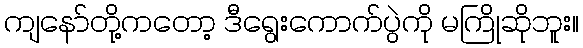
ကျနော်တို့ကတော့ ဒီရွေးကောက်ပွဲကို မကြိုဆိုဘူး။